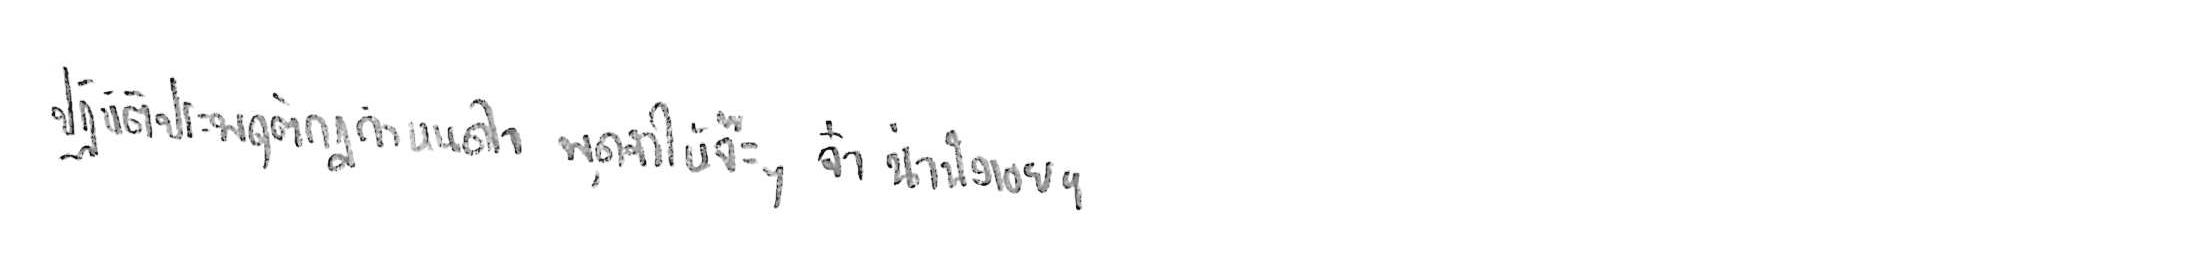
ปฏิบัติประพฤติกฎกำหนดใจ พูดจาให้จ๊ะๆ จ๋า น่าฟังเอยฯ